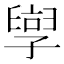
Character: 𫲯